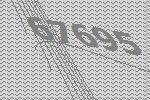
67695